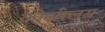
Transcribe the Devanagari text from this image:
कोएरिलस